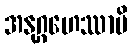
အနုဂ္ဂဟေဿာမိ